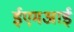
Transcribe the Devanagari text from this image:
ईएमअाई